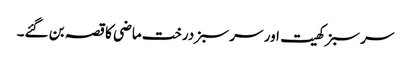
سر سبز کھیت اور سر سبز درخت ماضی کا قصہ بن گئے۔